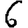
Digit: 6